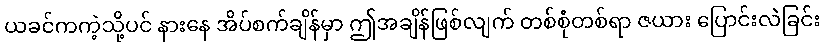
ယခင်ကကဲ့သို့ပင် နားနေ အိပ်စက်ချိန်မှာ ဤအချိန်ဖြစ်လျက် တစ်စုံတစ်ရာ ဇယား ပြောင်းလဲခြင်း